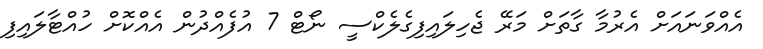
އެއްވަނައަށް އެރުމާ ގާތަށް މަރޭ ޖެހިލައިފިގެލެކްސީ ނޯޓް 7 އުފެއްދުން އެއްކޮށް ހުއްޓާލައިފި